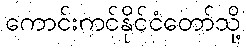
ကောင်းကင်နိုင်ငံတော်သို့